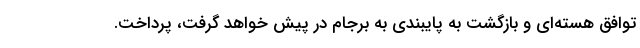
توافق هسته‌ای و بازگشت به پایبندی به برجام در پیش خواهد گرفت، پرداخت.